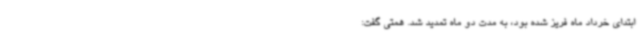
ابتدای خرداد ماه فریز شده بود، به مدت دو ماه تمدید شد. همتی گفت: